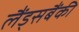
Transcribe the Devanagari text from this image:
लैंड्सबैंकी